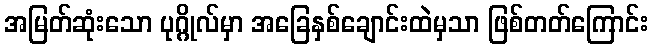
အမြတ်ဆုံးသော ပုဂ္ဂိုလ်မှာ အခြေနှစ်ချောင်းထဲမှသာ ဖြစ်တတ်ကြောင်း